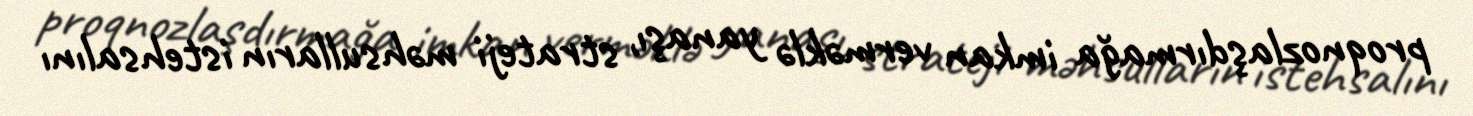
proqnozlaşdırmağa imkan verməklə yanaşı, strateji məhsulların istehsalını